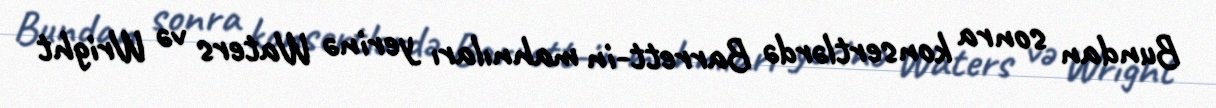
Bundan sonra konsertlərdə Barrett-in mahnıları yerinə Waters və Wright